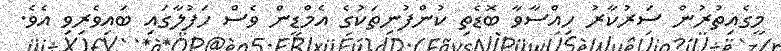
މީގެއިތުރުން ސަރުކާރު ހިއްސާވާ ބޮޑެތި ކުންފުނިތަކުގެ އެމްޑީން ވެސް ހަފުލާގައި ބައިވެރިވި އެވެ.